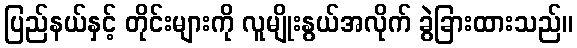
ပြည်နယ်နှင့် တိုင်းများကို လူမျိုးနွယ်အလိုက် ခွဲခြားထားသည်။